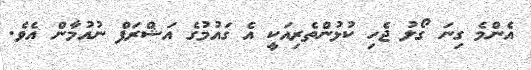
އެންމެ ގިނަ ގޯލު ޖެހި ކުޅުންތެރިއަކީ އެ ގައުމުގެ އަޝްރަފް ނުއުމާން އެވެ.